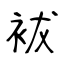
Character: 袚